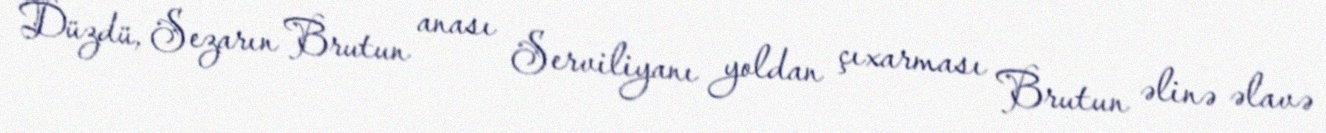
Düzdü, Sezarın Brutun anası Serviliyanı yoldan çıxarması Brutun əlinə əlavə